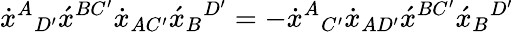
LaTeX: \dot{x}^{A}{}_{D^{\prime}}\acute{x}^{BC^{\prime}}\dot{x}_{AC^{\prime}}\acute{x}_{B}{}^{D^{\prime}}=-\dot{x}^{A}{}_{C^{\prime}}\dot{x}_{AD^{\prime}}\acute{x}^{BC^{\prime}}\acute{x}_{B}{}^{D^{\prime}}